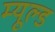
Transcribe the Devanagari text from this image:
म्यूल्ड